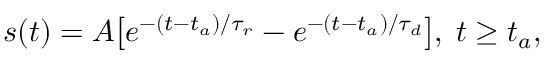
s ( t ) = A \big [ e ^ { - ( t - t _ { a } ) / \tau _ { r } } - e ^ { - ( t - t _ { a } ) / \tau _ { d } } \big ] , \; t \geq t _ { a } ,